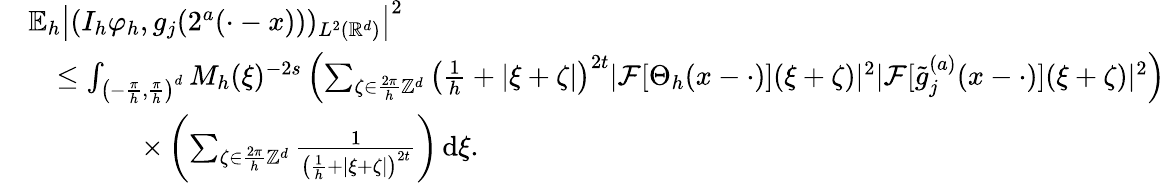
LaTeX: \begin{array}{rl}&{\mathbb{E}_{h}\left|(I_{h}\varphi_{h},g_{j}(2^{a}(\cdot-x)))_{L^{2}(\mathbb{R}^{d})}\right|^{2}}\\ &{\quad\le\int_{\left(-\frac{\pi}{h},\frac{\pi}{h}\right)^{d}}M_{h}(\xi)^{-2s}\left(\sum_{\zeta\in\frac{2\pi}{h}\mathbb{Z}^{d}}\left(\frac 1h+|\xi+\zeta|\right)^{2t}|\mathcal{F}[\Theta_{h}(x-\cdot)](\xi+\zeta)|^{2}|\mathcal{F}[\tilde{g}_{j}^{(a)}(x-\cdot)](\xi+\zeta)|^{2}\right)}\\ &{\qquad\qquad\times\left(\sum_{\zeta\in\frac{2\pi}{h}\mathbb{Z}^{d}}\frac{1}{\left(\frac 1h+|\xi+\zeta|\right)^{2t}}\right)\, \mathrm{d}\xi.}\end{array}